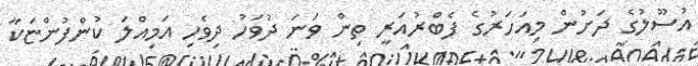
އުސޫލުގެ ދަށުން މިއަހަރުގެ ފެބްރުއަރީ ތިން ވަނަ ދުވަހު ދިވެހި އަމިއްލަ ކުންފުންޏަކާ